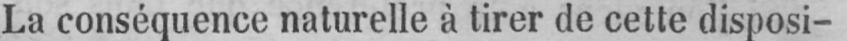
La conséquence naturelle à tirer de cette disposi-